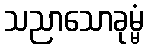
သညာသောခုမ္မံ